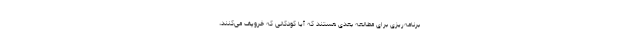
برنامه‌ریزی برای مطالعه بعدی هستند که آیا کودکانی که خروپف می‌کنند،